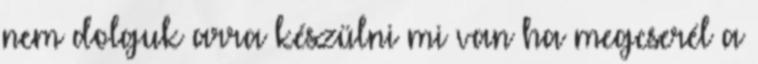
nem dolguk arra készülni mi van ha megcserél a